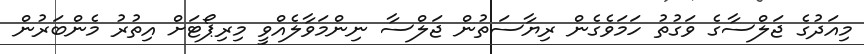
މިއަދުގެ ޖަލްސާގެ ވަގުތު ހަމަވެގެން ރިޔާސަތުން ޖަލްސާ ނިންމަވާލެއްވީ މިރިޕޯޓަށް އިތުރު މެންބަރުން